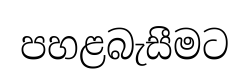
පහළබැසීමට